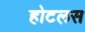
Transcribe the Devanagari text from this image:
होटलस